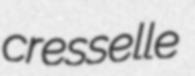
cresselle